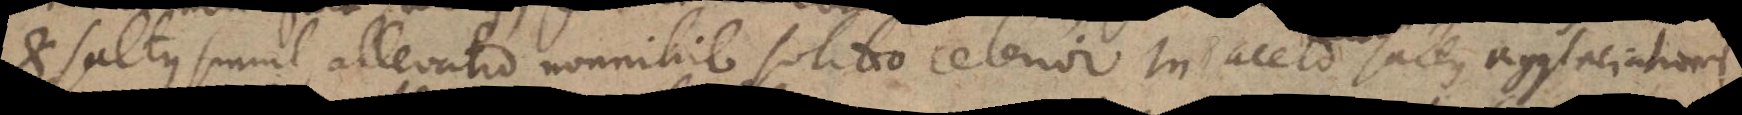
et saltus simul allevatio nonnihil solito celerior. In aceto saltus agglaciationis